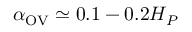
\alpha _ { \mathrm { O V } } \simeq 0 . 1 - 0 . 2 H _ { P }